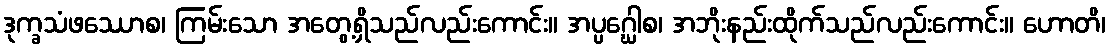
ဒုက္ခသံဖဿောစ၊ ကြမ်းသော အတွေ့ရှိသည်လည်းကောင်း။ အပ္ပဂ္ဃေါစ၊ အဘိုးနည်းထိုက်သည်လည်းကောင်း။ ဟောတိ၊